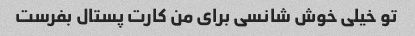
تو خیلی خوش شانسی برای من کارت پستال بفرست